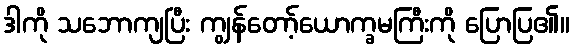
ဒါကို သဘောကျပြီး ကျွန်တော့်ယောက္ခမကြီးကို ပြောပြ၏။